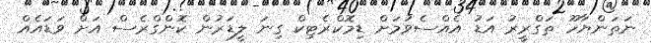
ނަތަންޔާހޫ ތަގްރީރު އަޑު އެއްސެވުމަށް ޑިމޮކްރެޓިކް ގިނަ ލީޑަރުން ކޮންގްރެސް އަށް ވަޑައެއް